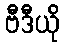
ဗီဒီယို